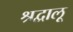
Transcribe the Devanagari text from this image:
श्रद्वालू